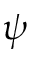
\psi